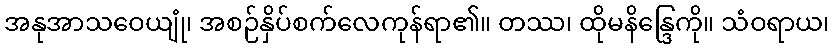
အနုအာသဝေယျုံ၊ အစဉ်နှိပ်စက်လေကုန်ရာ၏။ တဿ၊ ထိုမနိန္ဒြေကို။ သံဝရာယ၊